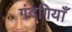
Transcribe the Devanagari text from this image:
गंदगियाँ